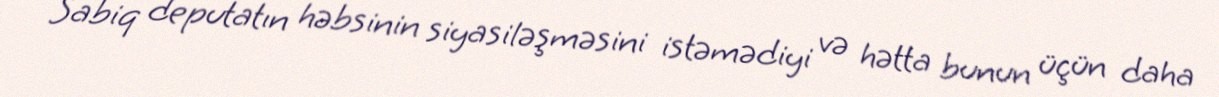
Sabiq deputatın həbsinin siyasiləşməsini istəmədiyi və hətta bunun üçün daha